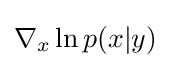
\nabla _{x}\ln p(x|y)